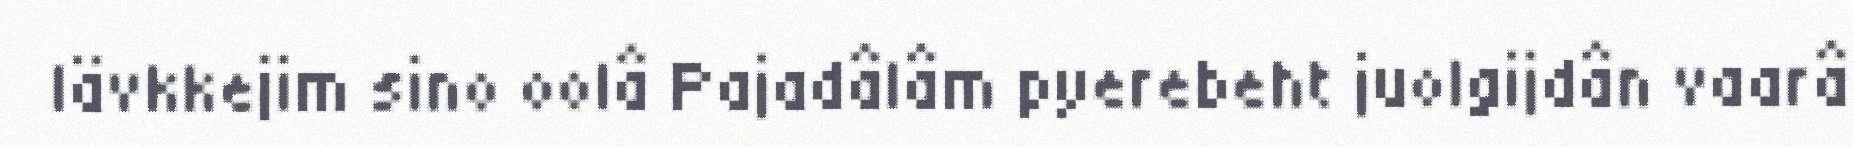
lävkkejim sino oolâ Pajadâlâm pyerebeht juolgijdân vaarâ